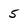
Character: 5